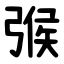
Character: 㢿